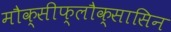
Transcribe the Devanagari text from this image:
मौक्सीफ्लौक्सासिन